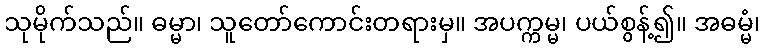
သုမိုက်သည်။ ဓမ္မာ၊ သူတော်ကောင်းတရားမှ။ အပက္ကမ္မ၊ ပယ်စွန့်၍။ အဓမ္မံ၊